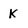
Character: K